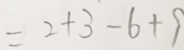
= 2 + 3 - 6 + 9